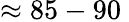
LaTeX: \approx 85-90\